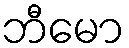
ဘီမော